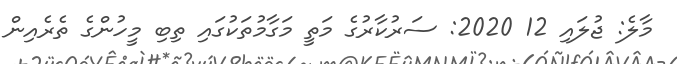
މާލެ: ޖުލައި 12 2020: ސަރުކާރުގެ މަތީ މަގާމުތަކުގައި ތިބި މީހުންގެ ތެރެއިން